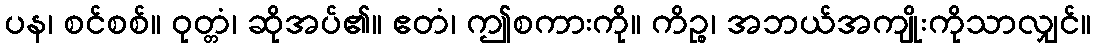
ပန၊ စင်စစ်။ ဝုတ္တံ၊ ဆိုအပ်၏။ ဧတံ၊ ဤစကားကို။ ကိဉ္စ၊ အဘယ်အကျိုးကိုသာလျှင်။